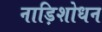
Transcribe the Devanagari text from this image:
नाड़िशोधन